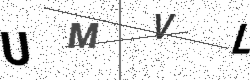
Text: UMVL